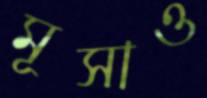
মূসাও